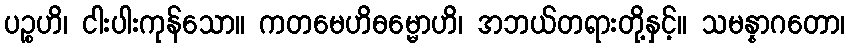
ပဉ္စဟိ၊ ငါးပါးကုန်သော။ ကတမေဟိဓမ္မောဟိ၊ အဘယ်တရားတို့နှင့်။ သမန္နာဂတော၊